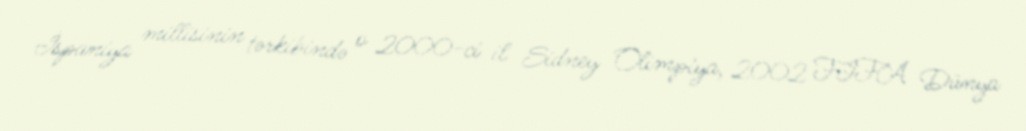
İspaniya millisinin tərkibində o 2000-ci il Sidney Olimpiya, 2002 FIFA Dünya